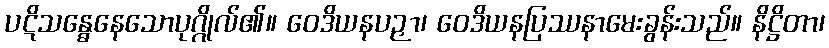
ပဋိသန္ဓေနေသောပုဂ္ဂိုလ်၏။ ဝေဒိယနပဉှာ၊ ဝေဒိယနပြဿနာမေးခွန်းသည်။ နိဋ္ဌိတာ၊